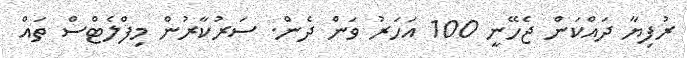
ރުފިޔާ ދައްކަން ޖެހޭނީ 100 އަހަރު ވަން ދެން. ސަރުކާރުން މިފްލެޓްސް ތައް